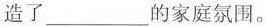
造了___的家庭氛围。